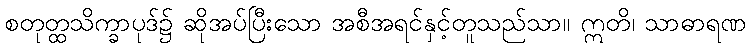
စတုတ္ထသိက္ခာပုဒ်၌ ဆိုအပ်ပြီးသော အစီအရင်နှင့်တူသည်သာ။ ဣတိ၊ သာဓာရဏ